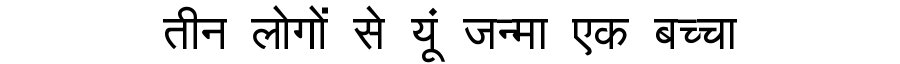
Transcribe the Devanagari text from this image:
तीन लोगों से यूं जन्मा एक बच्चा